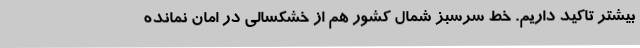
بیشتر تاکید داریم. خط سرسبز شمال کشور هم از خشکسالی در امان نمانده